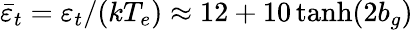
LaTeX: \bar{\varepsilon}_{t}=\varepsilon_{t}/(kT_{e})\approx 12+10\operatorname{tanh}(2b_{g})